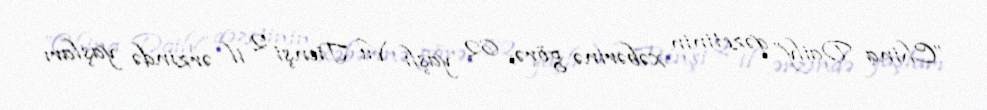
”China Daily” qəzetinin xəbərinə görə, 62 yaşlı Vu Tienşi 2 il ərzində yaşları